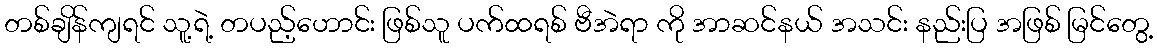
တစ်ချိန်ကျရင် သူ့ရဲ့ တပည့်ဟောင်း ဖြစ်သူ ပက်ထရစ် ဗီအဲရာ ကို အာဆင်နယ် အသင်း နည်းပြ အဖြစ် မြင်တွေ့